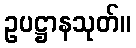
ဥပဋ္ဌာနသုတ်။